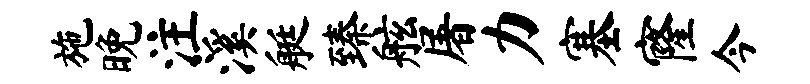
施晚注溪艇臻舷屠力塞窿今